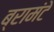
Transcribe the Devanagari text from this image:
ब्रामंटे